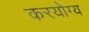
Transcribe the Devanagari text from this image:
करयोग्य